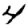
Digit: 4